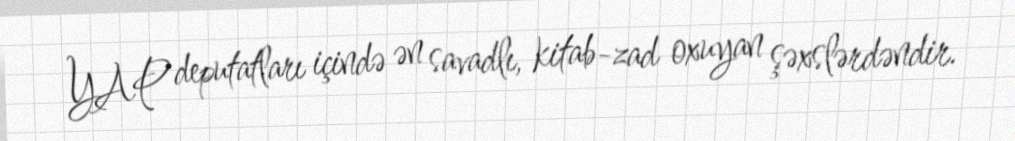
YAP deputatları içində ən savadlı, kitab-zad oxuyan şəxslərdəndir.